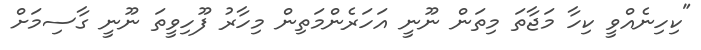
"ކިހިނެއްވީ ކިހާ މަޖާތަ މިތަން ނޫނީ އަހަރެންމަތިން މިހާރު ފޫހިވީތަ ނޫނީ ގާސިމަށް